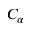
C _ { \alpha }